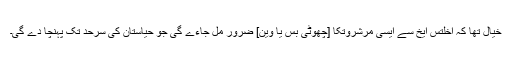
خیال تھا کہ اخلتس ایخ سے ایسی مرشروتکا [چھوٹی بس یا وین] ضرور مل جاءے گی جو حیاستان کی سرحد تک پہنچا دے گی۔